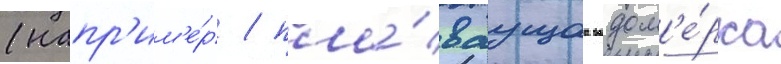
(напр'им'е́р / пла́ваущаа водом'е́рка